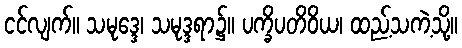
ငင်လျက်။ သမုဒ္ဒေ၊ သမုဒ္ဒရာ၌။ ပက္ခိပတိဝိယ၊ ထည့်သကဲ့သို့။